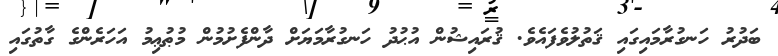
ބަދުރު ހަނގުރާމައިގައި ޤަތުލުވެފައެވެ. ޤުރައިޝުން އުޙުދު ހަނގުރާމަޔަށް ދާންފެށުމުން މުޠުޢިމު އަހަރެންގެ ގާތުގައި